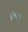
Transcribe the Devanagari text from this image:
चिघाड़